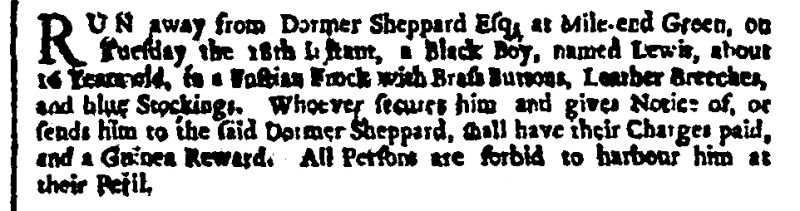
London Gazette, 4 December 1707 (England)
RUN away from Dormer Sheppard Esq, at Mile-end Green, on Tuesday the 18th Instant, a Black Boy, named Lewis, about 16 Years old, in a Fustian Frock with Brass Buttons, Leather Breeches, and blue Stockings. Whoever secures him and gives Notice of, or sends him to the said Dormer Sheppard, shall have their Charges paid, and a Guinea Reward. All Persons are forbid to harbour him at their Peril.